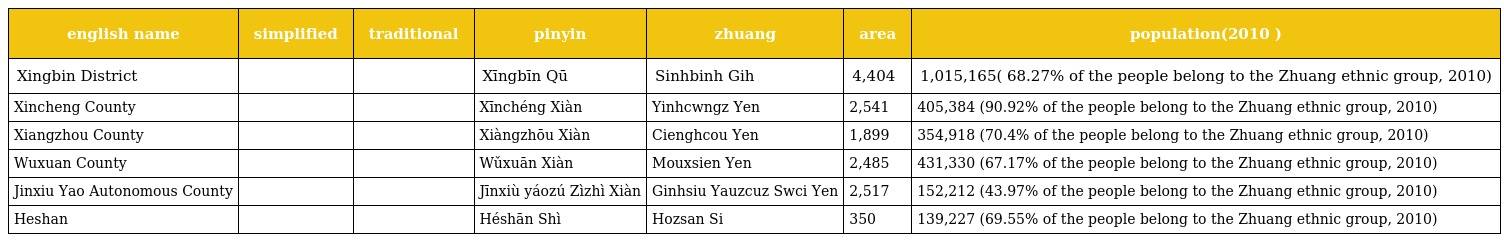
| english name | simplified | traditional | pinyin | zhuang | area | population(2010 ) |
 | --- | --- | --- | --- | --- | --- | --- |
 | Xingbin District | 兴宾区 | 興賓區 | Xīngbīn Qū | Sinhbinh Gih | 4,404 | 1,015,165( 68.27% of the people belong to the Zhuang ethnic group, 2010) |
 | Xincheng County | 忻城县 | 忻城縣 | Xīnchéng Xiàn | Yinhcwngz Yen | 2,541 | 405,384 (90.92% of the people belong to the Zhuang ethnic group, 2010) |
 | Xiangzhou County | 象州县 | 象州縣 | Xiàngzhōu Xiàn | Cienghcou Yen | 1,899 | 354,918 (70.4% of the people belong to the Zhuang ethnic group, 2010) |
 | Wuxuan County | 武宣县 | 武宣縣 | Wǔxuān Xiàn | Mouxsien Yen | 2,485 | 431,330 (67.17% of the people belong to the Zhuang ethnic group, 2010) |
 | Jinxiu Yao Autonomous County | 金秀瑶族自治县 | 金秀瑤族自治縣 | Jīnxiù yáozú Zìzhì Xiàn | Ginhsiu Yauzcuz Swci Yen | 2,517 | 152,212 (43.97% of the people belong to the Zhuang ethnic group, 2010) |
 | Heshan | 合山市 | 合山市 | Héshān Shì | Hozsan Si | 350 | 139,227 (69.55% of the people belong to the Zhuang ethnic group, 2010) |